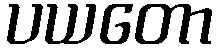
ပယတော